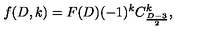
f ( D , k ) = F ( D ) ( - 1 ) ^ { k } C _ { \frac { D - 3 } { 2 } } ^ { k } ,